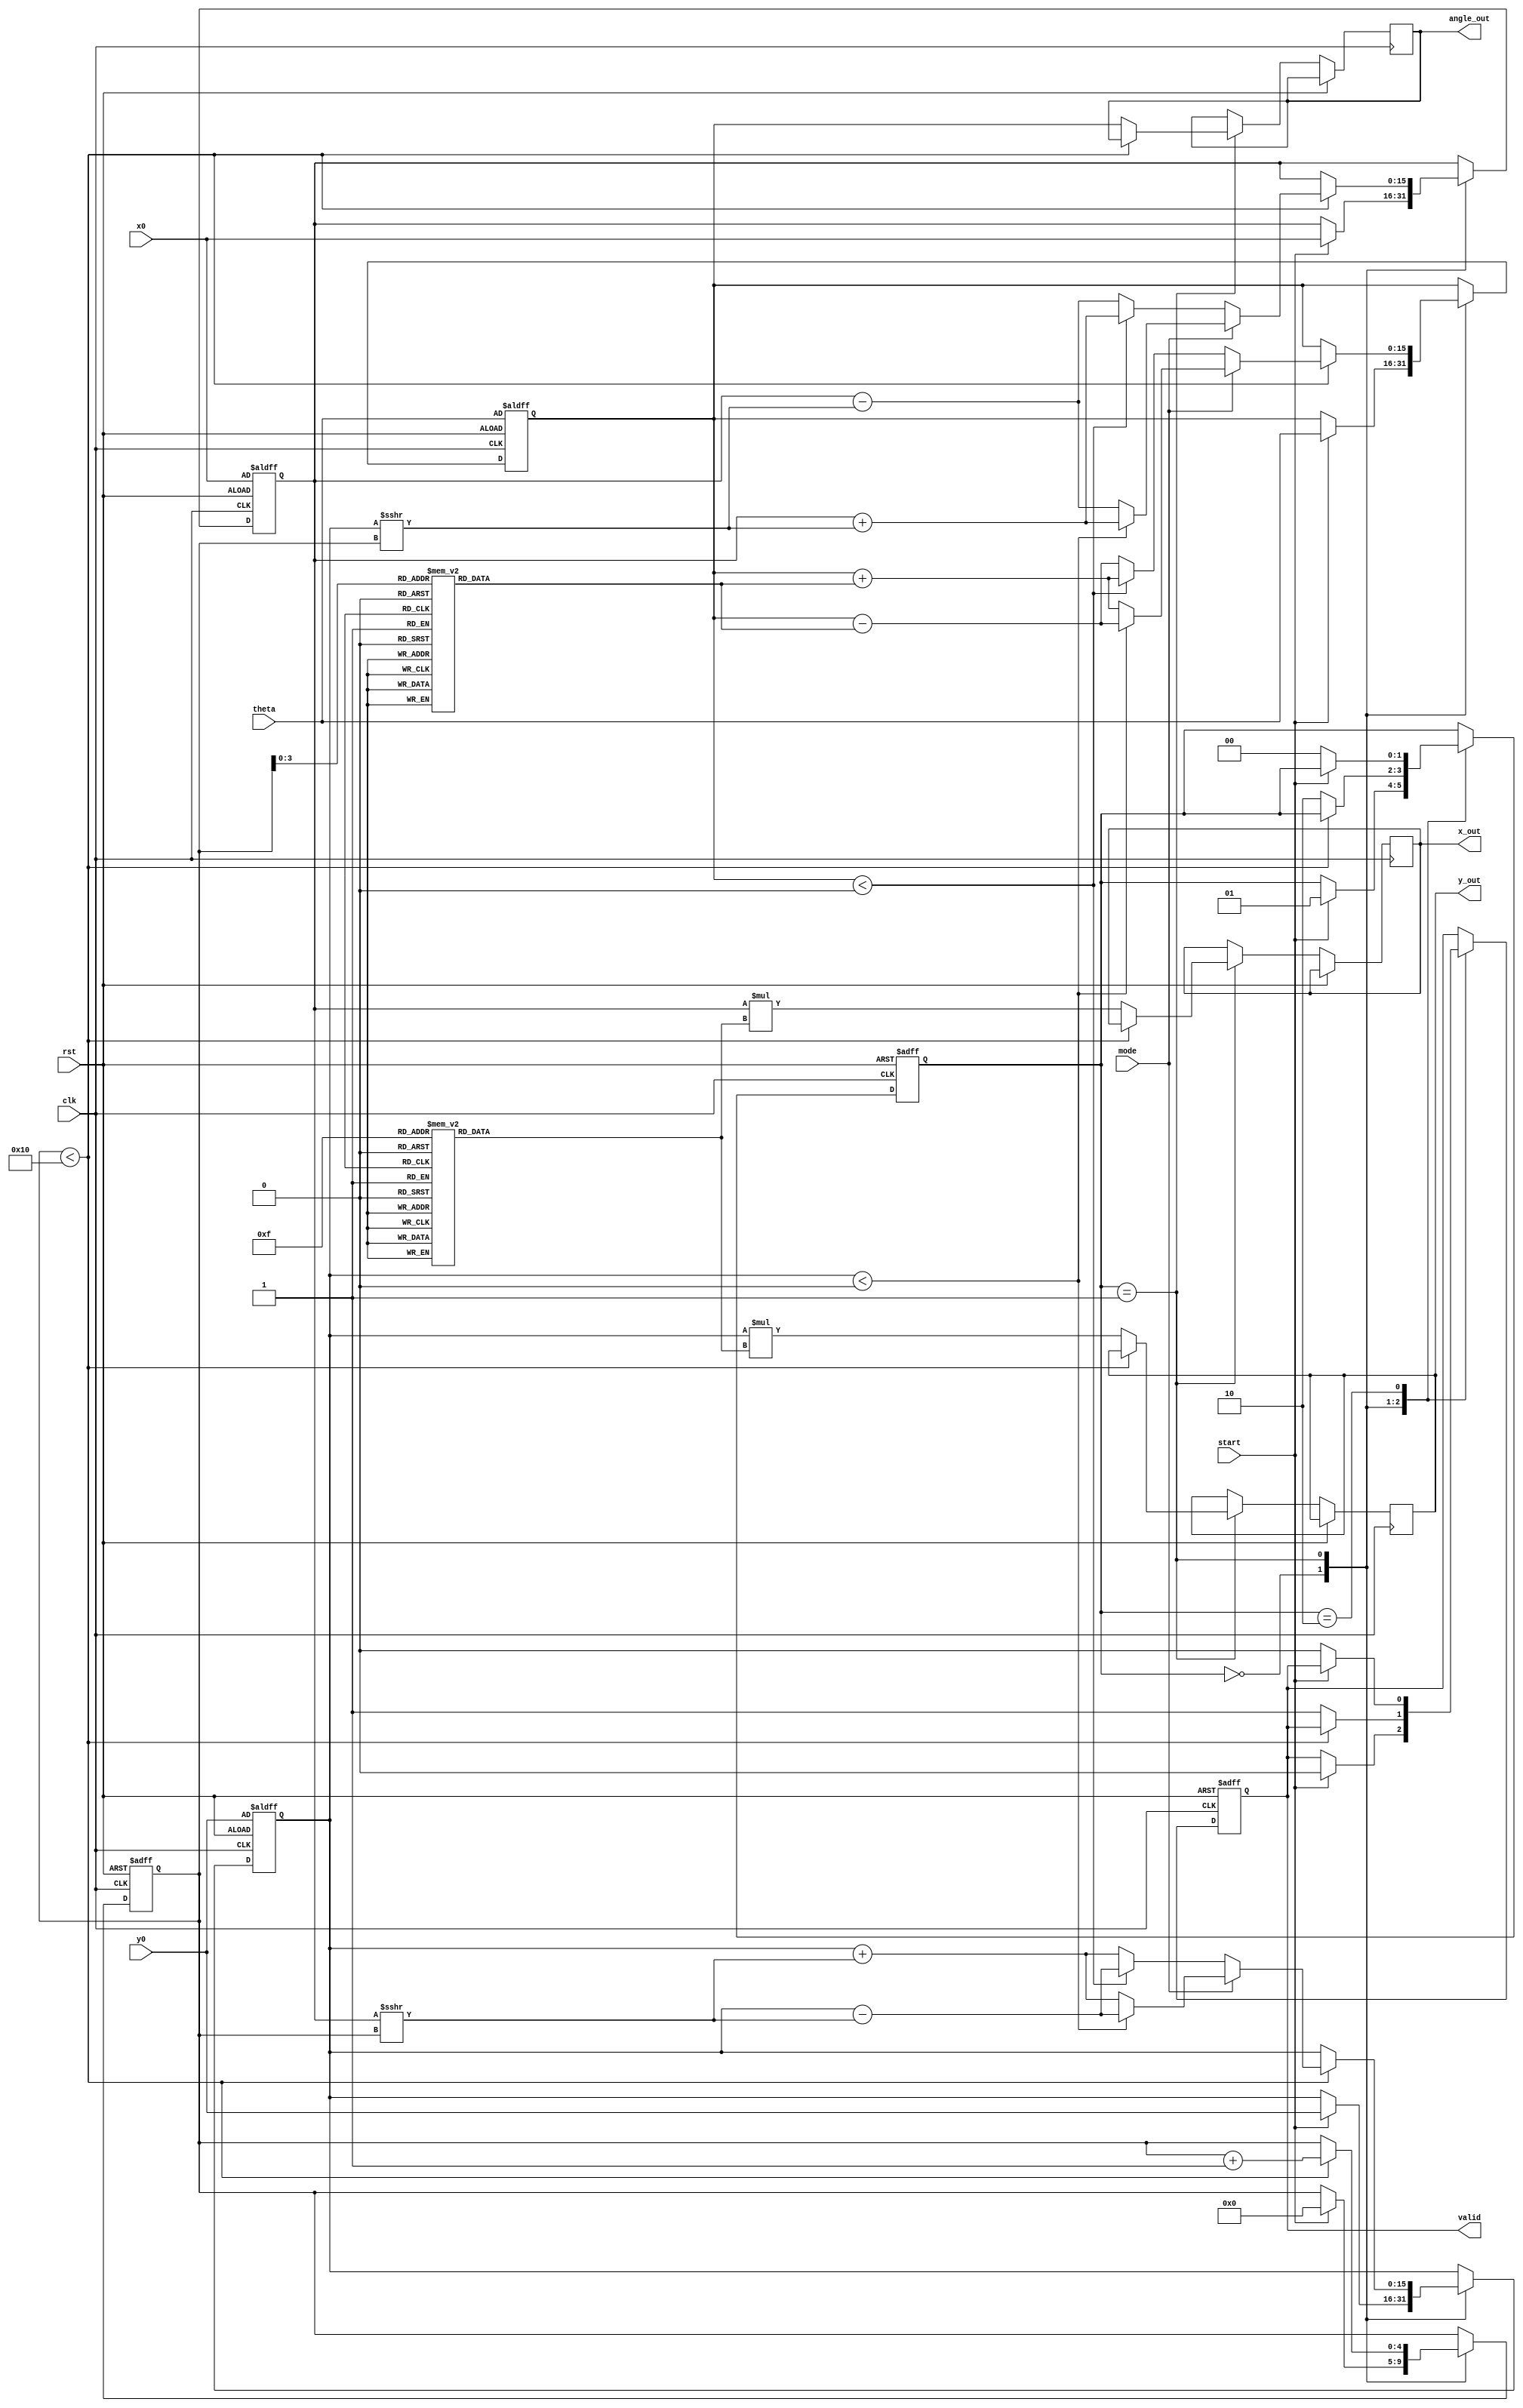
module cordic #(
    parameter N = 16, // Number of iterations
    parameter WIDTH = 16 // Bit-width for fixed-point representation
)(
    input wire clk,
    input wire rst,
    input wire [WIDTH-1:0] theta, // Input angle in radians (fixed-point)
    input wire [WIDTH-1:0] x0,     // Initial x vector
    input wire [WIDTH-1:0] y0,     // Initial y vector
    input wire start,               // Start signal for CORDIC operation
    input wire mode,                // 0 for rotation, 1 for vectoring
    output reg [WIDTH-1:0] x_out,   // Output x coordinate
    output reg [WIDTH-1:0] y_out,   // Output y coordinate
    output reg [WIDTH-1:0] angle_out,// Output angle (for vectoring)
    output reg valid                // Output valid signal
);

    // Lookup tables for arctangent values and gains
    reg [WIDTH-1:0] atan_lut [0:N-1];
    reg [WIDTH-1:0] gain_lut [0:N-1];

    // State registers
    reg [WIDTH-1:0] x_reg, y_reg, theta_reg;
    reg [4:0] n; // Iteration index
    reg [1:0] state; // FSM state

    // FSM states
    localparam IDLE = 2'b00, RUN = 2'b01, DONE = 2'b10;

    // Initialize LUTs
    initial begin
        // Populate atan_lut and gain_lut with precomputed values
        // Example values for atan_lut and gain_lut
        atan_lut[0] = 16'h2000; // atan(2^-0)
        atan_lut[1] = 16'h1000; // atan(2^-1)
        atan_lut[2] = 16'h0800; // atan(2^-2)
        // ... continue for all N iterations

        gain_lut[0] = 16'h4000; // Gain for 0 iterations
        gain_lut[1] = 16'h3000; // Gain for 1 iteration
        gain_lut[2] = 16'h2000; // Gain for 2 iterations
        // ... continue for all N iterations
    end

    // CORDIC iteration logic
    always @(posedge clk or posedge rst) begin
        if (rst) begin
            x_reg <= x0;
            y_reg <= y0;
            theta_reg <= theta;
            n <= 0;
            state <= IDLE;
            valid <= 0;
        end else begin
            case (state)
                IDLE: begin
                    if (start) begin
                        x_reg <= x0;
                        y_reg <= y0;
                        theta_reg <= theta;
                        n <= 0;
                        state <= RUN;
                        valid <= 0;
                    end
                end
                RUN: begin
                    if (n < N) begin
                        // CORDIC rotation or vectoring logic
                        if (mode == 0) begin // Rotation mode
                            if (theta_reg < 0) begin
                                x_reg <= x_reg + (y_reg >>> n);
                                y_reg <= y_reg - (x_reg >>> n);
                                theta_reg <= theta_reg + atan_lut[n];
                            end else begin
                                x_reg <= x_reg - (y_reg >>> n);
                                y_reg <= y_reg + (x_reg >>> n);
                                theta_reg <= theta_reg - atan_lut[n];
                            end
                        end else begin // Vectoring mode
                            if (y_reg < 0) begin
                                x_reg <= x_reg + (y_reg >>> n);
                                y_reg <= y_reg - (x_reg >>> n);
                                theta_reg <= theta_reg - atan_lut[n];
                            end else begin
                                x_reg <= x_reg - (y_reg >>> n);
                                y_reg <= y_reg + (x_reg >>> n);
                                theta_reg <= theta_reg + atan_lut[n];
                            end
                        end
                        n <= n + 1;
                    end else begin
                        // Final output assignment
                        x_out <= x_reg * gain_lut[N-1]; // Apply final gain
                        y_out <= y_reg * gain_lut[N-1]; // Apply final gain
                        angle_out <= theta_reg; // Output angle
                        valid <= 1; // Indicate valid output
                        state <= DONE;
                    end
                end
                DONE: begin
                    if (!start) begin
                        valid <= 0; // Reset valid signal
                        state <= IDLE; // Go back to IDLE state
                    end
                end
            endcase
        end
    end

endmodule